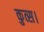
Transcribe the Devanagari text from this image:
कुत्स।